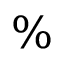
\%